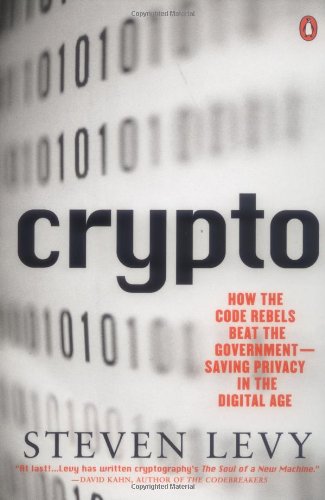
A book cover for Crypto: How the Code Rebels Beat the Government Saving Privacy in the Digital Age; Steven Levy; Computers & Technology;